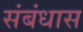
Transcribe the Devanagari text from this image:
संबंधास